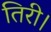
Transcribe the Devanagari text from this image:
तिरी।